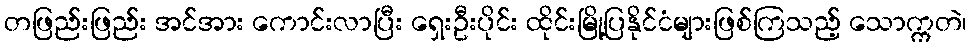
တဖြည်းဖြည်း အင်အား ကောင်းလာပြီး ရှေးဦးပိုင်း ထိုင်းမြို့ပြနိုင်ငံများဖြစ်ကြသည့် သောက္ကတဲ၊